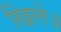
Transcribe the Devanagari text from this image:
खिले॥